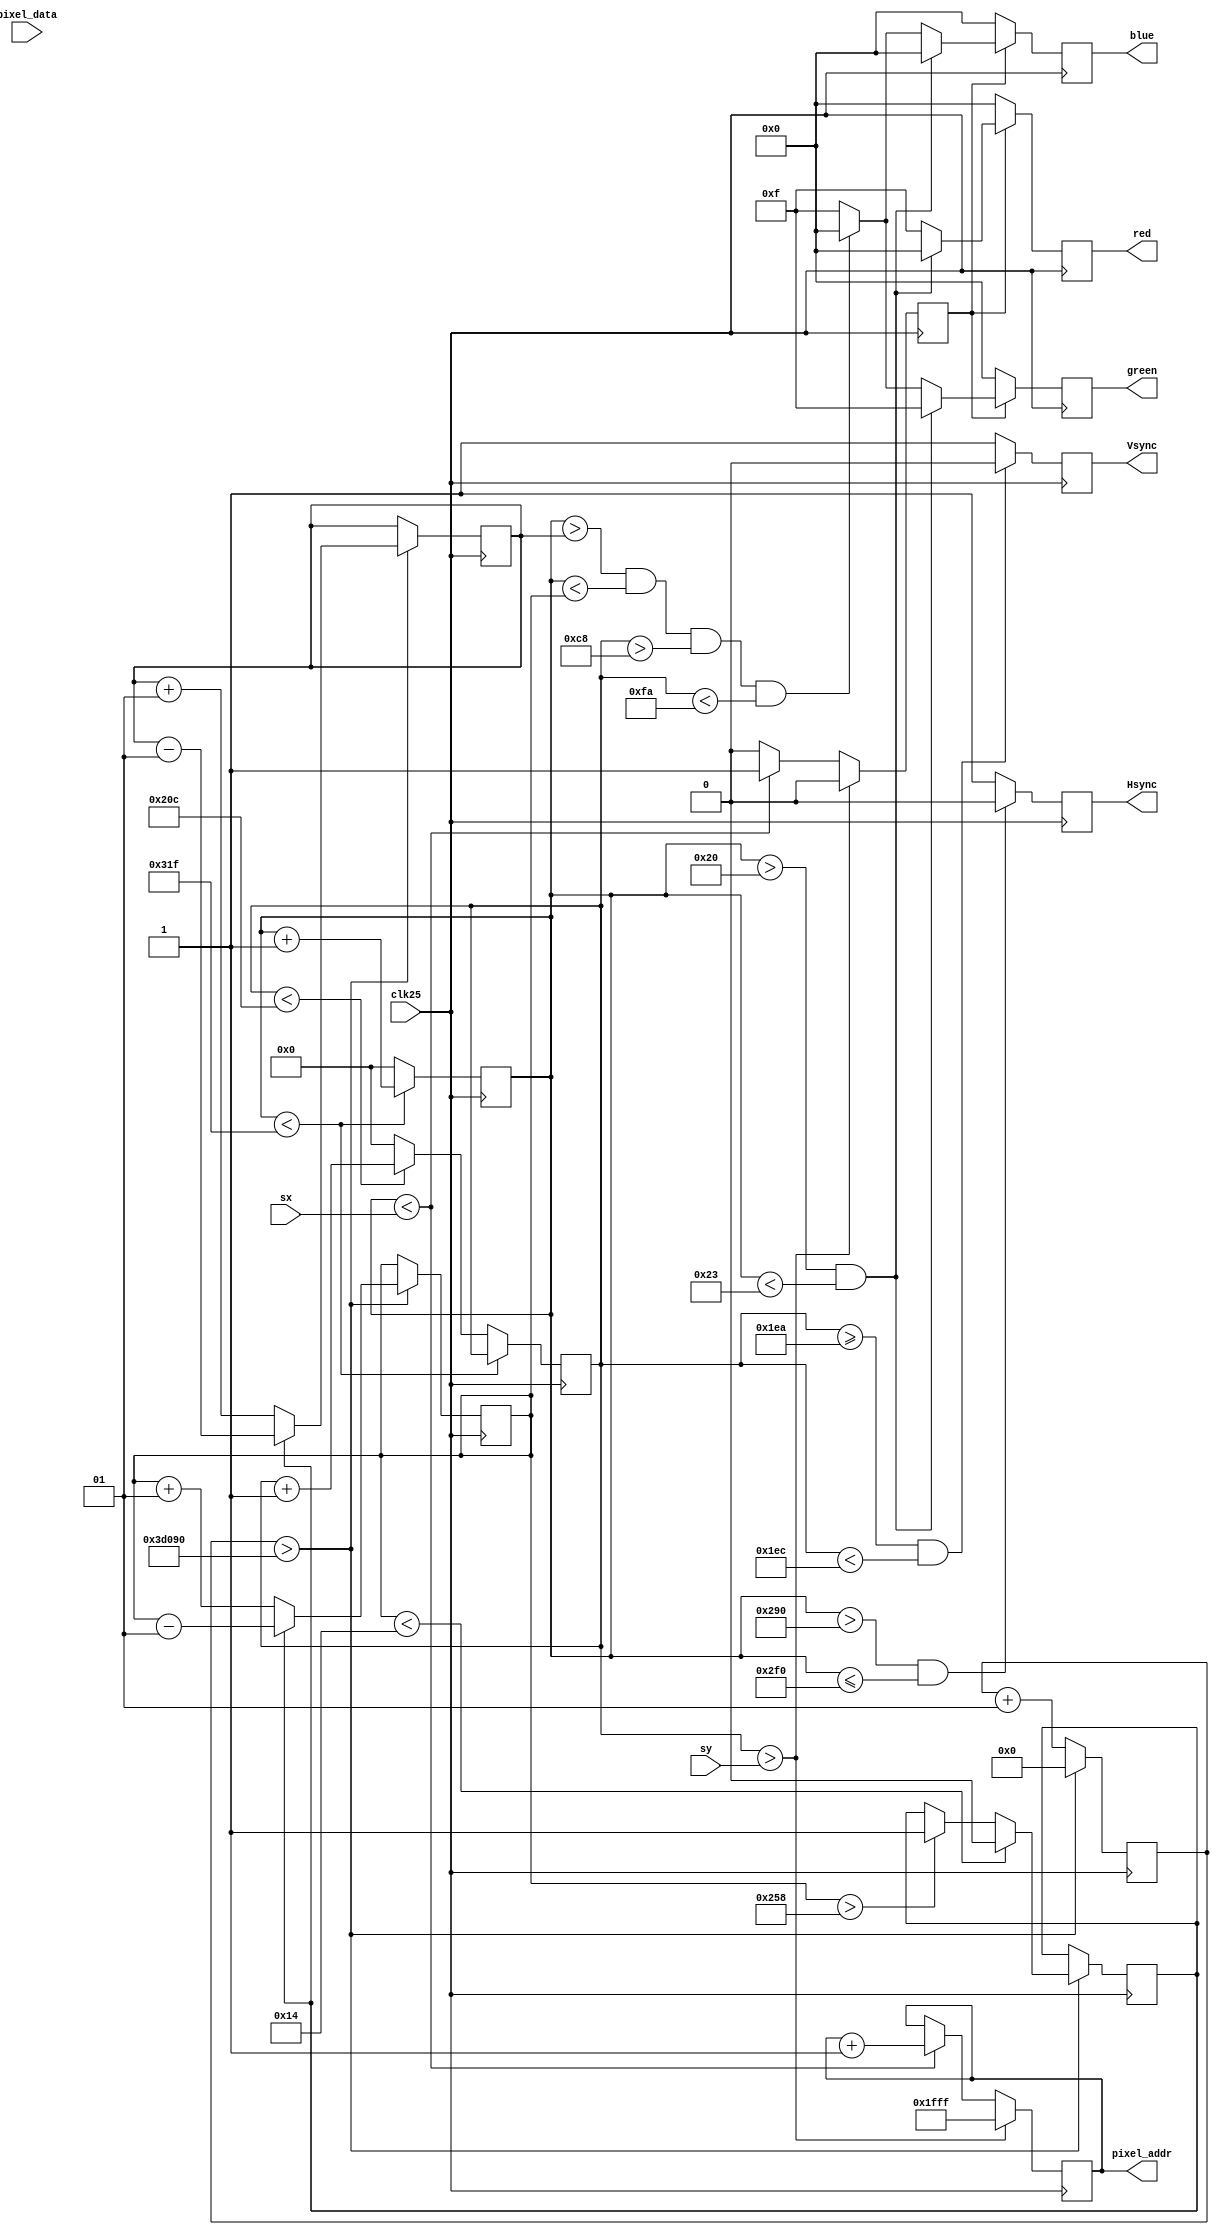
module VGA_module (clk25,pixel_data,sx,sy,red,green,blue,Hsync,Vsync,pixel_addr);

input clk25;
input [8:0] pixel_data;
input [9:0] sx, sy;
output reg [3:0] red, green, blue; 
output reg Hsync, Vsync;
output reg [12:0] pixel_addr;
localparam HDISP=640;
localparam HFP=16;
localparam HPW=96; 
localparam HLIM=800;
localparam VDISP=480; 
localparam VFP=10; 
localparam VPW=2;
localparam VLIM=525;

localparam gymin=32;
localparam gymax=35;
localparam rymax=250;
localparam rymin=200;
integer rxmax=5;
integer rxmin=0;

reg [12:0] hcount=0; 
reg [12:0] vcount=0; 
reg enable=0;
integer cnt=0;
reg updown=0;
always @(posedge clk25)
begin
//insert time code
begin
cnt<=cnt+1;
if (cnt>250000)
begin
//
if (rxmax>600)
updown<=1;
if (rxmax<20)
updown<=0;
if (updown==1)
begin
rxmax<=rxmax-1;
rxmin<=rxmin-1;
end
else if (updown==0)
begin
rxmax<=rxmax+1;
rxmin<=rxmin+1;
end

cnt<=0;
//
end
end
//time code end
if (hcount < HLIM-1)
hcount <= hcount+1;
else
begin
hcount<=0;
if (vcount < VLIM-1)
vcount <= vcount+1;
else
vcount <= 0; 
end
if (vcount > sy) begin
pixel_addr<=-1;
enable <= 0; end
else
begin
if (hcount < sx)
begin
enable <= 1;
pixel_addr <=pixel_addr+1;
end
else
enable <= 0; end
if (enable==1) 
begin
//put code here
if (hcount>gymin&&hcount<gymax)
begin
red	<= 4'b0000;
green <= 4'b1111;
blue <= 4'b0000;
end
else if (hcount>rxmin&&hcount<rxmax&&vcount>rymin&&vcount<rymax)
begin
red	<= 4'b1111;
green <= 4'b0000;
blue <= 4'b0000;
end
else
begin
red	<= 4'b1111;
green <= 4'b1111;
blue <= 4'b1111; 
end
//red <= piel_data[2:0];
//green <= pixel_data[5:3];
//blue <= pixel_data[8:6];
// 
end
else
begin
red	<= 4'b0000;
green <= 4'b0000;
blue <= 4'b0000; end
if (hcount > (HDISP+HFP) && hcount <=(HDISP+HFP+HPW)) 
Hsync <= 0;
else
Hsync <= 1;
if (vcount >= (VDISP+VFP) && vcount<(VDISP+VFP+VPW)) 
Vsync <= 0;
else
Vsync <= 1;
end
endmodule